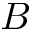
B